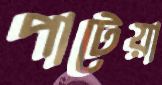
পাটেয়া